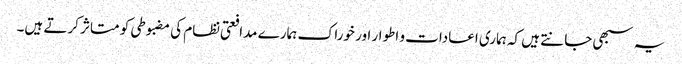
یہ سبھی جانتے ہیں کہ ہماری اعادات و اطوار اور خوراک ہمارے مدافعتی نظام کی مضبوطی کو متاثر کرتے ہیں۔